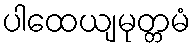
ပါထေယျမုတ္တမံ